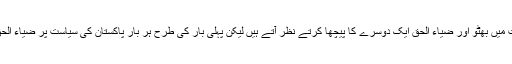
پاکستان کی سیاست میں بھٹو اور ضیاء الحق ایک دوسرے کا پیچھا کرتے نظر آتے ہیں لیکن پہلی بار کی طرح ہر بار پاکستان کی سیاست پر ضیاء الحق غالب آ جاتا ہے۔